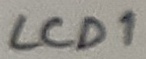
Text: LCD1